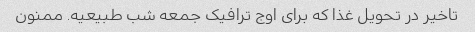
تاخیر در تحویل غذا که برای اوج ترافیک جمعه شب طبیعیه. ممنون